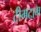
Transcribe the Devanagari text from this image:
टीमटाम